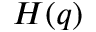
H ( q )